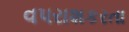
વપરાશકરતા